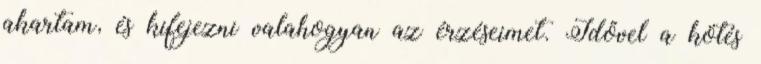
akartam, és kifejezni valahogyan az érzéseimet. Idővel a kötés